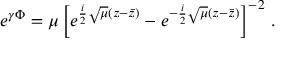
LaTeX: e ^ { \gamma \Phi } = \mu \left[ e ^ { \frac i 2 \sqrt { \mu } ( z - \bar { z } ) } - e ^ { - \frac i 2 \sqrt { \mu } ( z - \bar { z } ) } \right] ^ { - 2 } \, .